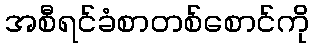
အစီရင်ခံစာတစ်စောင်ကို